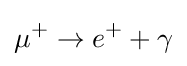
\mu ^{+}\to e^{+}+\gamma